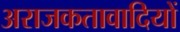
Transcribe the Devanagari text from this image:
अराजकतावादियों